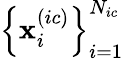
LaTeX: \left\{ {\mathbf x}_{i}^{(ic)}\right\} _{i=1}^{N_{ic}}